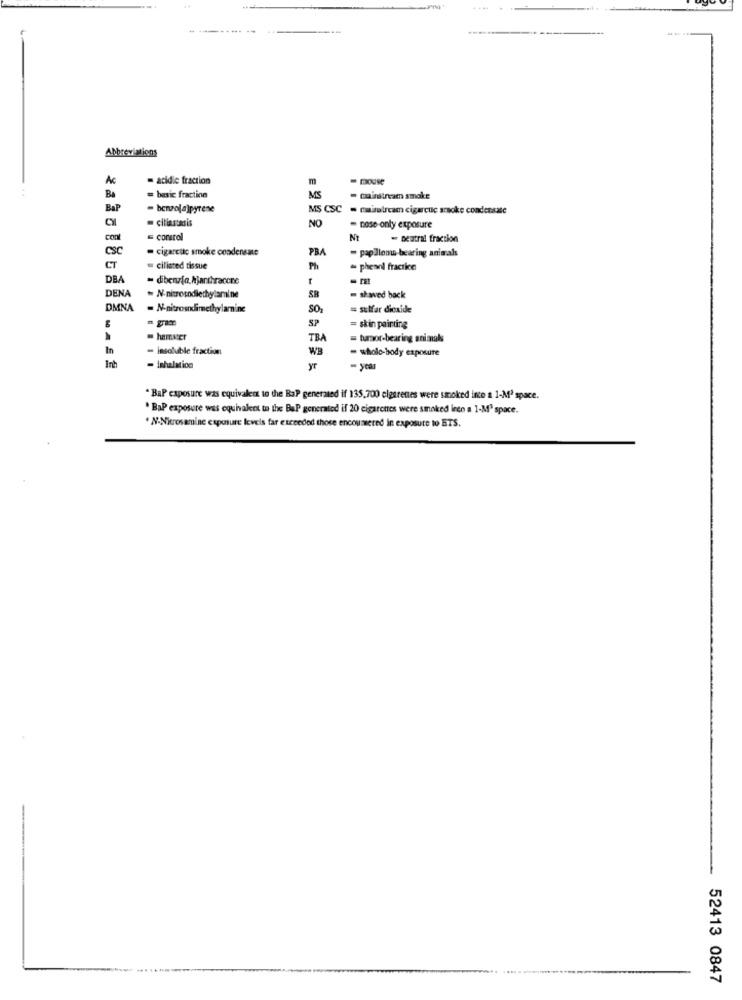
......
Abbreviations
Ac
= acidie fraction
m
- mouse
BA
= basic fraction
MS
- mainstream smoke
BAP
- benzola]pyrene
MS CSC . maistream cigarcuc smoke condensate
citinstasis
NO
- nose only exposure
Cont
corarol
Nt
- sentral fraction
CSC
- cigarctic smoke condensate
PBA
- papillonw-bearing animals
CT
ciliated tissue
Ph
- phesnl fracrice
DBA
- dibenzia, hjanthracone
DENA
N-nitrosodiethylamine
SB
- showed back
= sulfar dicaide
= skin painting
hamster
TBA
= turaor-bearing animals
In
- insoluble fraction
WB
- whole-body exposure
Int
- inhalation
yr
" BaP exposure was equivalent to the BaP generated if 135,700 elgarenes were smoked into a 1-Mª space.
. BaP exposure was equivalent to the BaP generated if 20 cigarettes were smoked into a 1-Mª space.
. N-Nitrosamine exposure levels far exceeded those encountered in exposure to ETS.
52413 0847